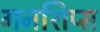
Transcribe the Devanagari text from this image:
गनशिप्स